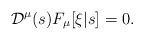
\begin{align*}{\cal D}^\mu(s) F_\mu[\xi|s] = 0.\end{align*}